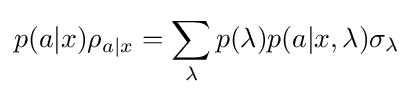
p(a|x)\rho _{a|x}=\sum _{\lambda }p(\lambda )p(a|x,\lambda )\sigma _{\lambda }